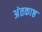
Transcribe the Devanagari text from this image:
अंतकाष्ठ